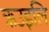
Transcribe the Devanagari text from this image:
ऋउइलि